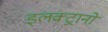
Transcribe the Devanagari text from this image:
इलक्ट्रानों